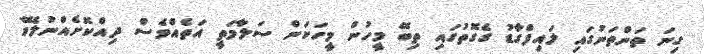
ގިނަ ތަންތަނުގައި ލައިފްގާޑު ގެގޮތުގައި ތިބޭ މީހުން މީހަކަން ސަލާމަތީ އަތެއްވެސް ދިއްކޮށެއްނުލެވޭ